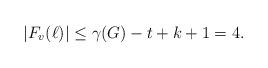
LaTeX: \begin{align*}|F_v(\ell)|\leq\gamma(G)-t+k+1=4.\end{align*}